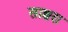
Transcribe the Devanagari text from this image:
साब्बरा